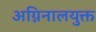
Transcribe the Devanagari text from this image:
अग्निनालयुक्त